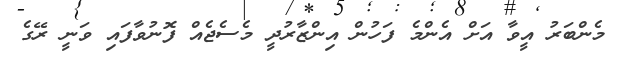
މެންބަރު އީވާ އަށް އެންމެ ފަހުން އިންޒާރުދީ މެސެޖެއް ފޮނުވާފައި ވަނީ ރޭގެ